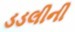
ડડલીની